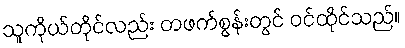
သူကိုယ်တိုင်လည်း တဖက်စွန်းတွင် ဝင်ထိုင်သည်။